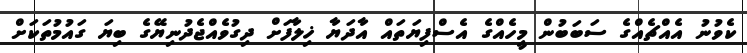
ކެވުނު އެއްޗެއްގެ ސަބަބުން މީހެއްގެ އެސްފިޔަތައް އާދަޔާ ޚިލާފަށް ދިގުވެއްޖެދުނިޔޭގެ ބިޔަ ގައުމުތަކަށް